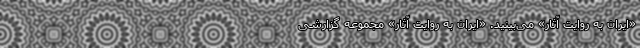
«ایران به روایت آثار» می‌بینید. «ایران به روایت آثار» مجموعه‌ گزارشی